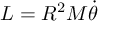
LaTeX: L = R ^ { 2 } M { \dot { \theta } }